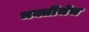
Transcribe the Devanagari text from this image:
भक्तीचेच